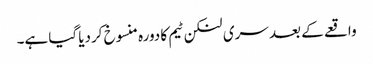
واقعے کے بعد سری لنکن ٹیم کا دورہ منسوخ کردیا گیا ہے۔